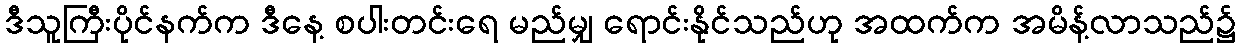
ဒီသူကြီးပိုင်နက်က ဒီနေ့ စပါးတင်းရေ မည်မျှ ရောင်းနိုင်သည်ဟု အထက်က အမိန့်လာသည်၌